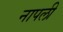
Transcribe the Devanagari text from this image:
नापली